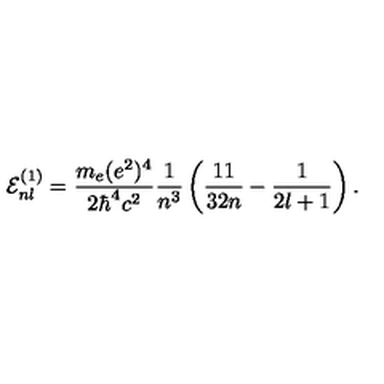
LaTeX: { \cal E } _ { n l } ^ { ( 1 ) } = \frac { m _ { e } ( e ^ { 2 } ) ^ { 4 } } { 2 \hbar ^ { 4 } c ^ { 2 } } \frac { 1 } { n ^ { 3 } } \left( \frac { 1 1 } { 3 2 n } - \frac { 1 } { 2 l + 1 } \right) .